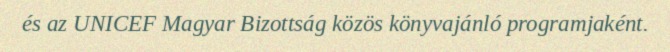
és az UNICEF Magyar Bizottság közös könyvajánló programjaként.